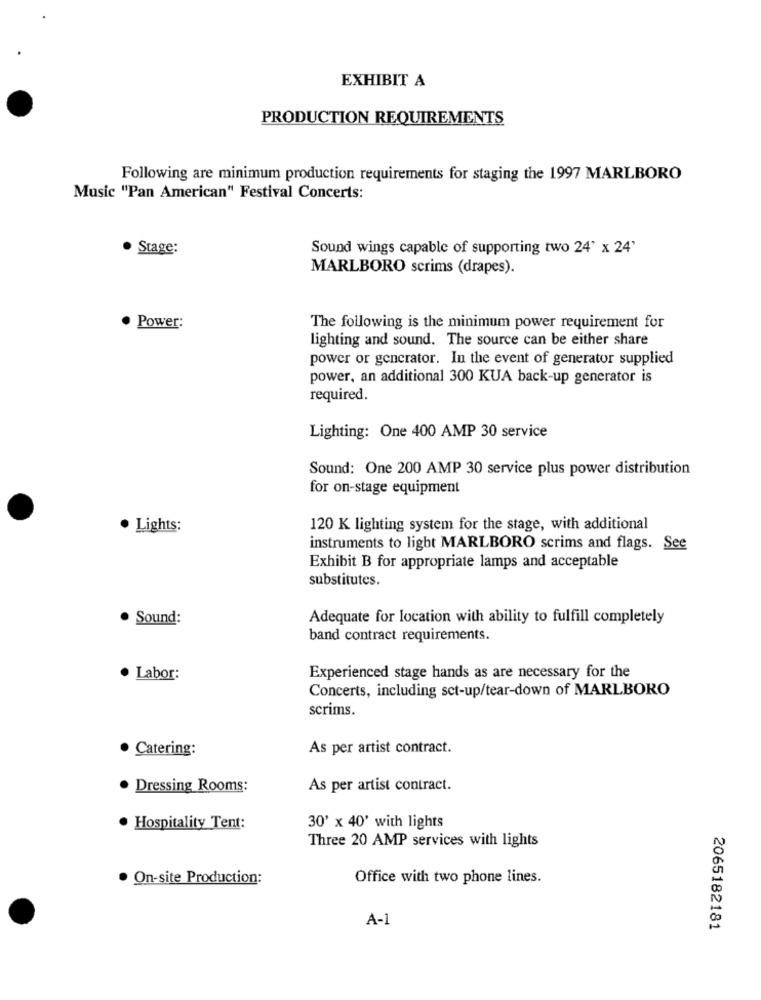
EXHIBIT A
PRODUCTION REQUIREMENTS
Following are minimum production requirements for staging the 1997 MARLBORO
Music "Pan American" Festival Concerts:
· Stage:
Sound wings capable of supporting two 24' x 24'
MARLBORO scrims (drapes).
· Power:
The following is the minimum power requirement for
lighting and sound. The source can be either share
power or generator. In the event of generator supplied
power, an additional 300 KUA back-up generator is
required.
Lighting: One 400 AMP 30 service
Sound: One 200 AMP 30 service plus power distribution
for on-stage equipment
· Lights:
120 K lighting system for the stage, with additional
instruments to light MARLBORO scrims and flags. See
Exhibit B for appropriate lamps and acceptable
substitutes.
· Sound:
Adequate for location with ability to fulfill completely
band contract requirements.
· Labor:
Experienced stage hands as are necessary for the
Concerts, including sct-up/tear-down of MARLBORO
scrims.
· Catering:
As per artist contract.
· Dressing Rooms:
As per artist contract.
· Hospitality Tent:
30' x 40' with lights
Three 20 AMP services with lights
· On-site Production:
Office with two phone lines.
A-1
2065182181